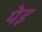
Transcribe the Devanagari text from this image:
येइ